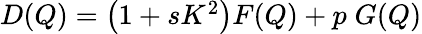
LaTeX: \begin{array}{r}{D(Q)=\left(1+sK^{2}\right)F(Q)+p\; G(Q)}\end{array}